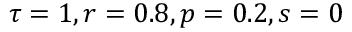
\tau = 1 , r = 0 . 8 , p = 0 . 2 , s = 0